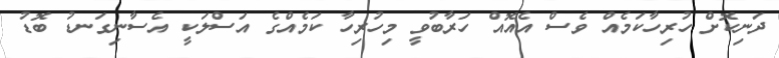
ދަނިކޮށް ހުރިހާކަމެއް ވެސް އެއޮއް ހަރާބުވީ މިހުރިހާ ކަމެއްގެ އަސްލަކީ އެސާނިގަނޑު ބޮޑު